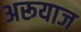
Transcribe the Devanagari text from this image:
अरूयाज